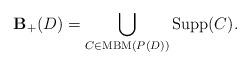
LaTeX: \begin{align*}\mathbf{B}_+(D) = \bigcup_{C \in \mathrm{MBM}(P(D))} \mathrm{Supp}(C).\end{align*}